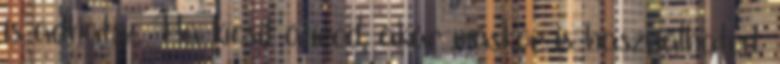
is adhatsz. Ha kicsit átírod, akár máskor is használhatod.